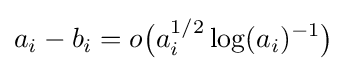
a_{i}-b_{i}=o{\big (}a_{i}^{1/2}\log(a_{i})^{-1}{\big )}